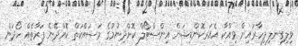
ވިލިގިނލި ފިހާރައިން ވިއްކާ އެއަރކޮންޑިޝަން އިންސްޓޯލް ކޮށްދިނުމުގެ މަސައްކަތް ކޮށްދޭނެ ފަރާތެއް ހޯދަން